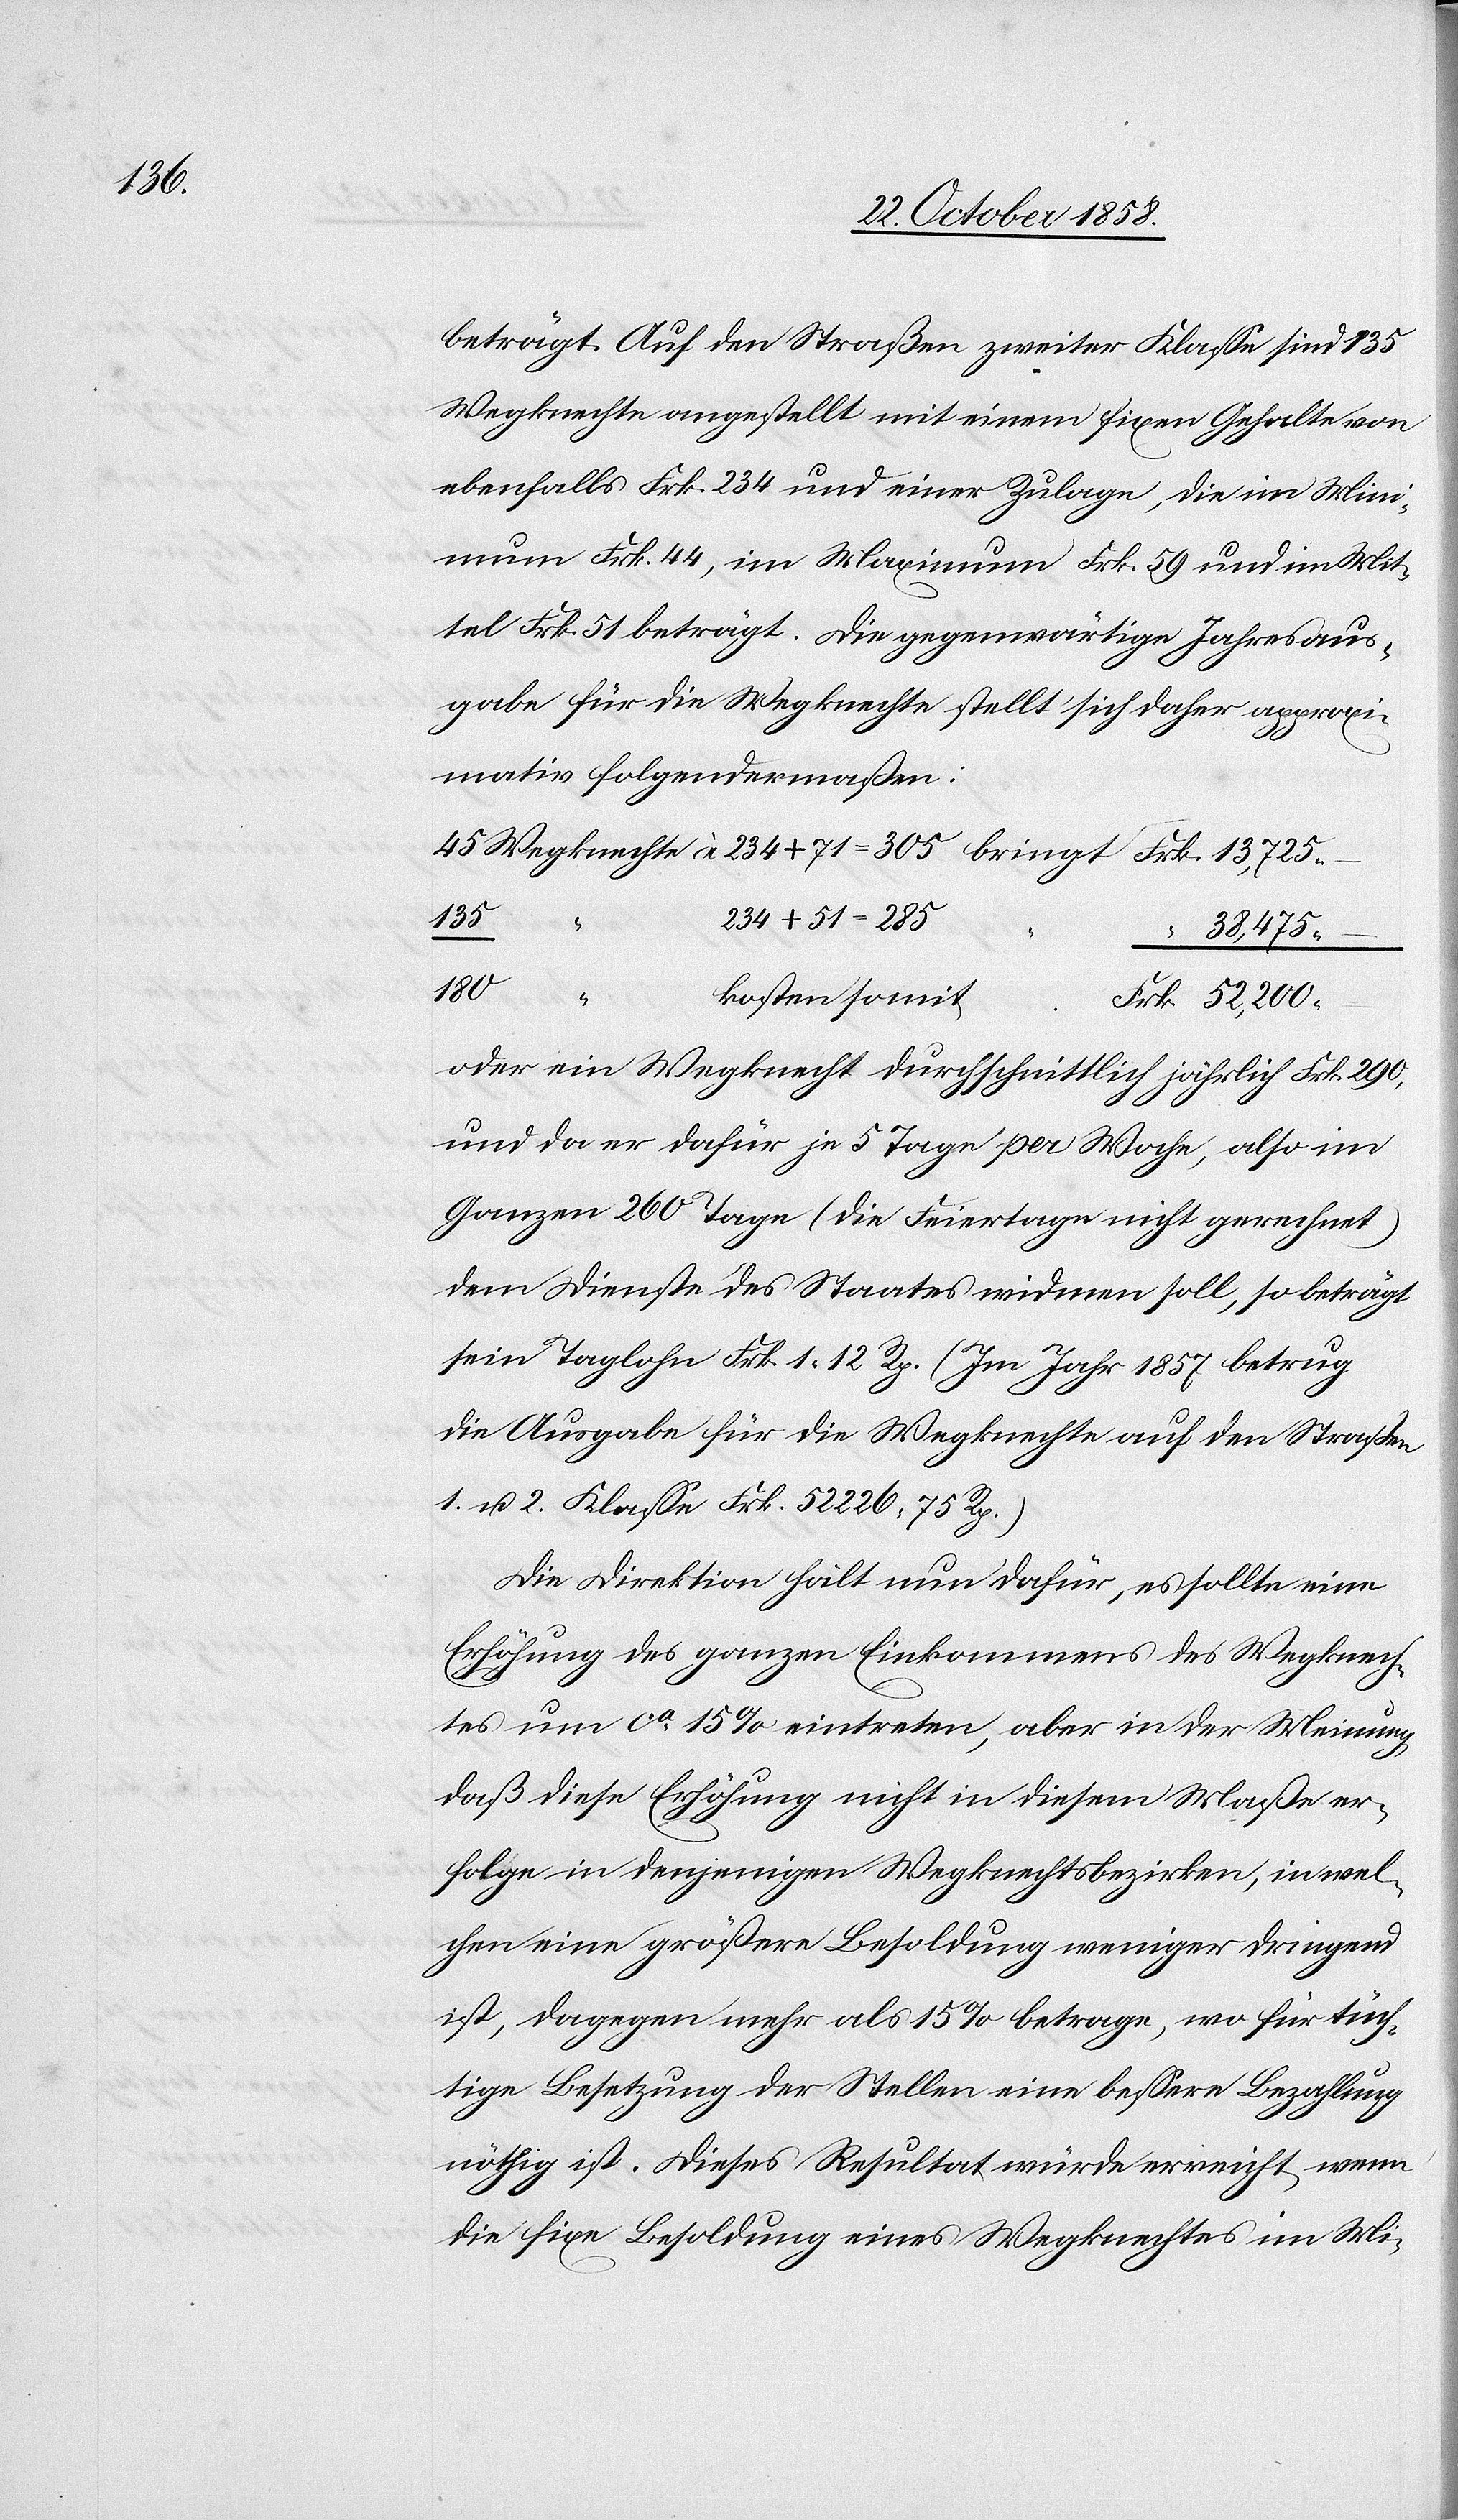
beträgt. Auf den Straßen zweiter Klasse sind 135
Wegknechte angestellt mit einem fixen Gehalte von
ebenfalls Frk. 234 und einer Zulage, die im Mini¬
mum Frk. 44, im Maximum Frk. 59 und im Mit¬
tel Frk. 51 beträgt. Die gegenwärtige Jahresaus¬
gabe für die Wegknechte stellt sich daher approxi¬
mativ folgendermaßen:
135
234 + 51 = 285
“
“ 38,475
180
“
kosten somit
Frk. 52,200 –
oder ein Wegknecht durchschnittlich jährlich Frk. 290,
und da er dafür je 5 Tage per Woche, also im
Ganzen 260 Tage (die Feiertage nicht gerechnet)
dem Dienste des Staates widmen soll, so beträgt
sein Taglohn Frk. 1 12 Rp. (Im Jahr 1857 betrug
die Ausgabe für die Wegknechte auf den Straßen
1. u. 2. Klasse Frk. 52 226 75 Rp.)
Die Direktion hält nun dafür, es sollte eine
Erhöhung des ganzen Einkommens des Wegknech¬
tes um ca 15% eintreten, aber in der Meinung,
daß diese Erhöhung nicht in diesem Maße er¬
folge in denjenigen Wegknechtsbezirken, in wel¬
chen eine größere Besoldung weniger dringend
ist, dagegen mehr als 15% betrage, wo für tüch¬
tige Besetzung der Stellen eine bessere Bezahlung
nöthig ist. Dieses Resultat würde erreicht, wenn
die fixe Besoldung eines Wegknechtes im Mi-